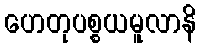
ဟေတုပစ္စယမူလာနိ